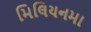
મિલિયનમા